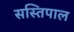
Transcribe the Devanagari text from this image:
सस्तिपाल